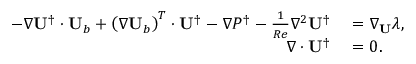
\begin{array} { r l } { - \nabla \mathbf { U } ^ { \dagger } \cdot \mathbf { U } _ { b } + \left( \nabla \mathbf { U } _ { b } \right) ^ { T } \cdot \mathbf { U } ^ { \dagger } - \nabla P ^ { \dagger } - \frac { 1 } { R e } \nabla ^ { 2 } \mathbf { U } ^ { \dagger } } & { { } = \nabla _ { \mathbf { U } } \lambda , } \\ { \nabla \cdot \mathbf { U } ^ { \dagger } } & { { } = 0 . } \end{array}